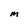
Character: m